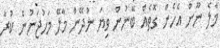
މާލެ ނޫން އެހެން ގޮތެއް ބޭނުން ވިޔަ ނުދޭން މާލޭ މަހުޖަނުން ކުރާ